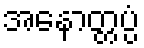
အနောတ္တပ္ပံ